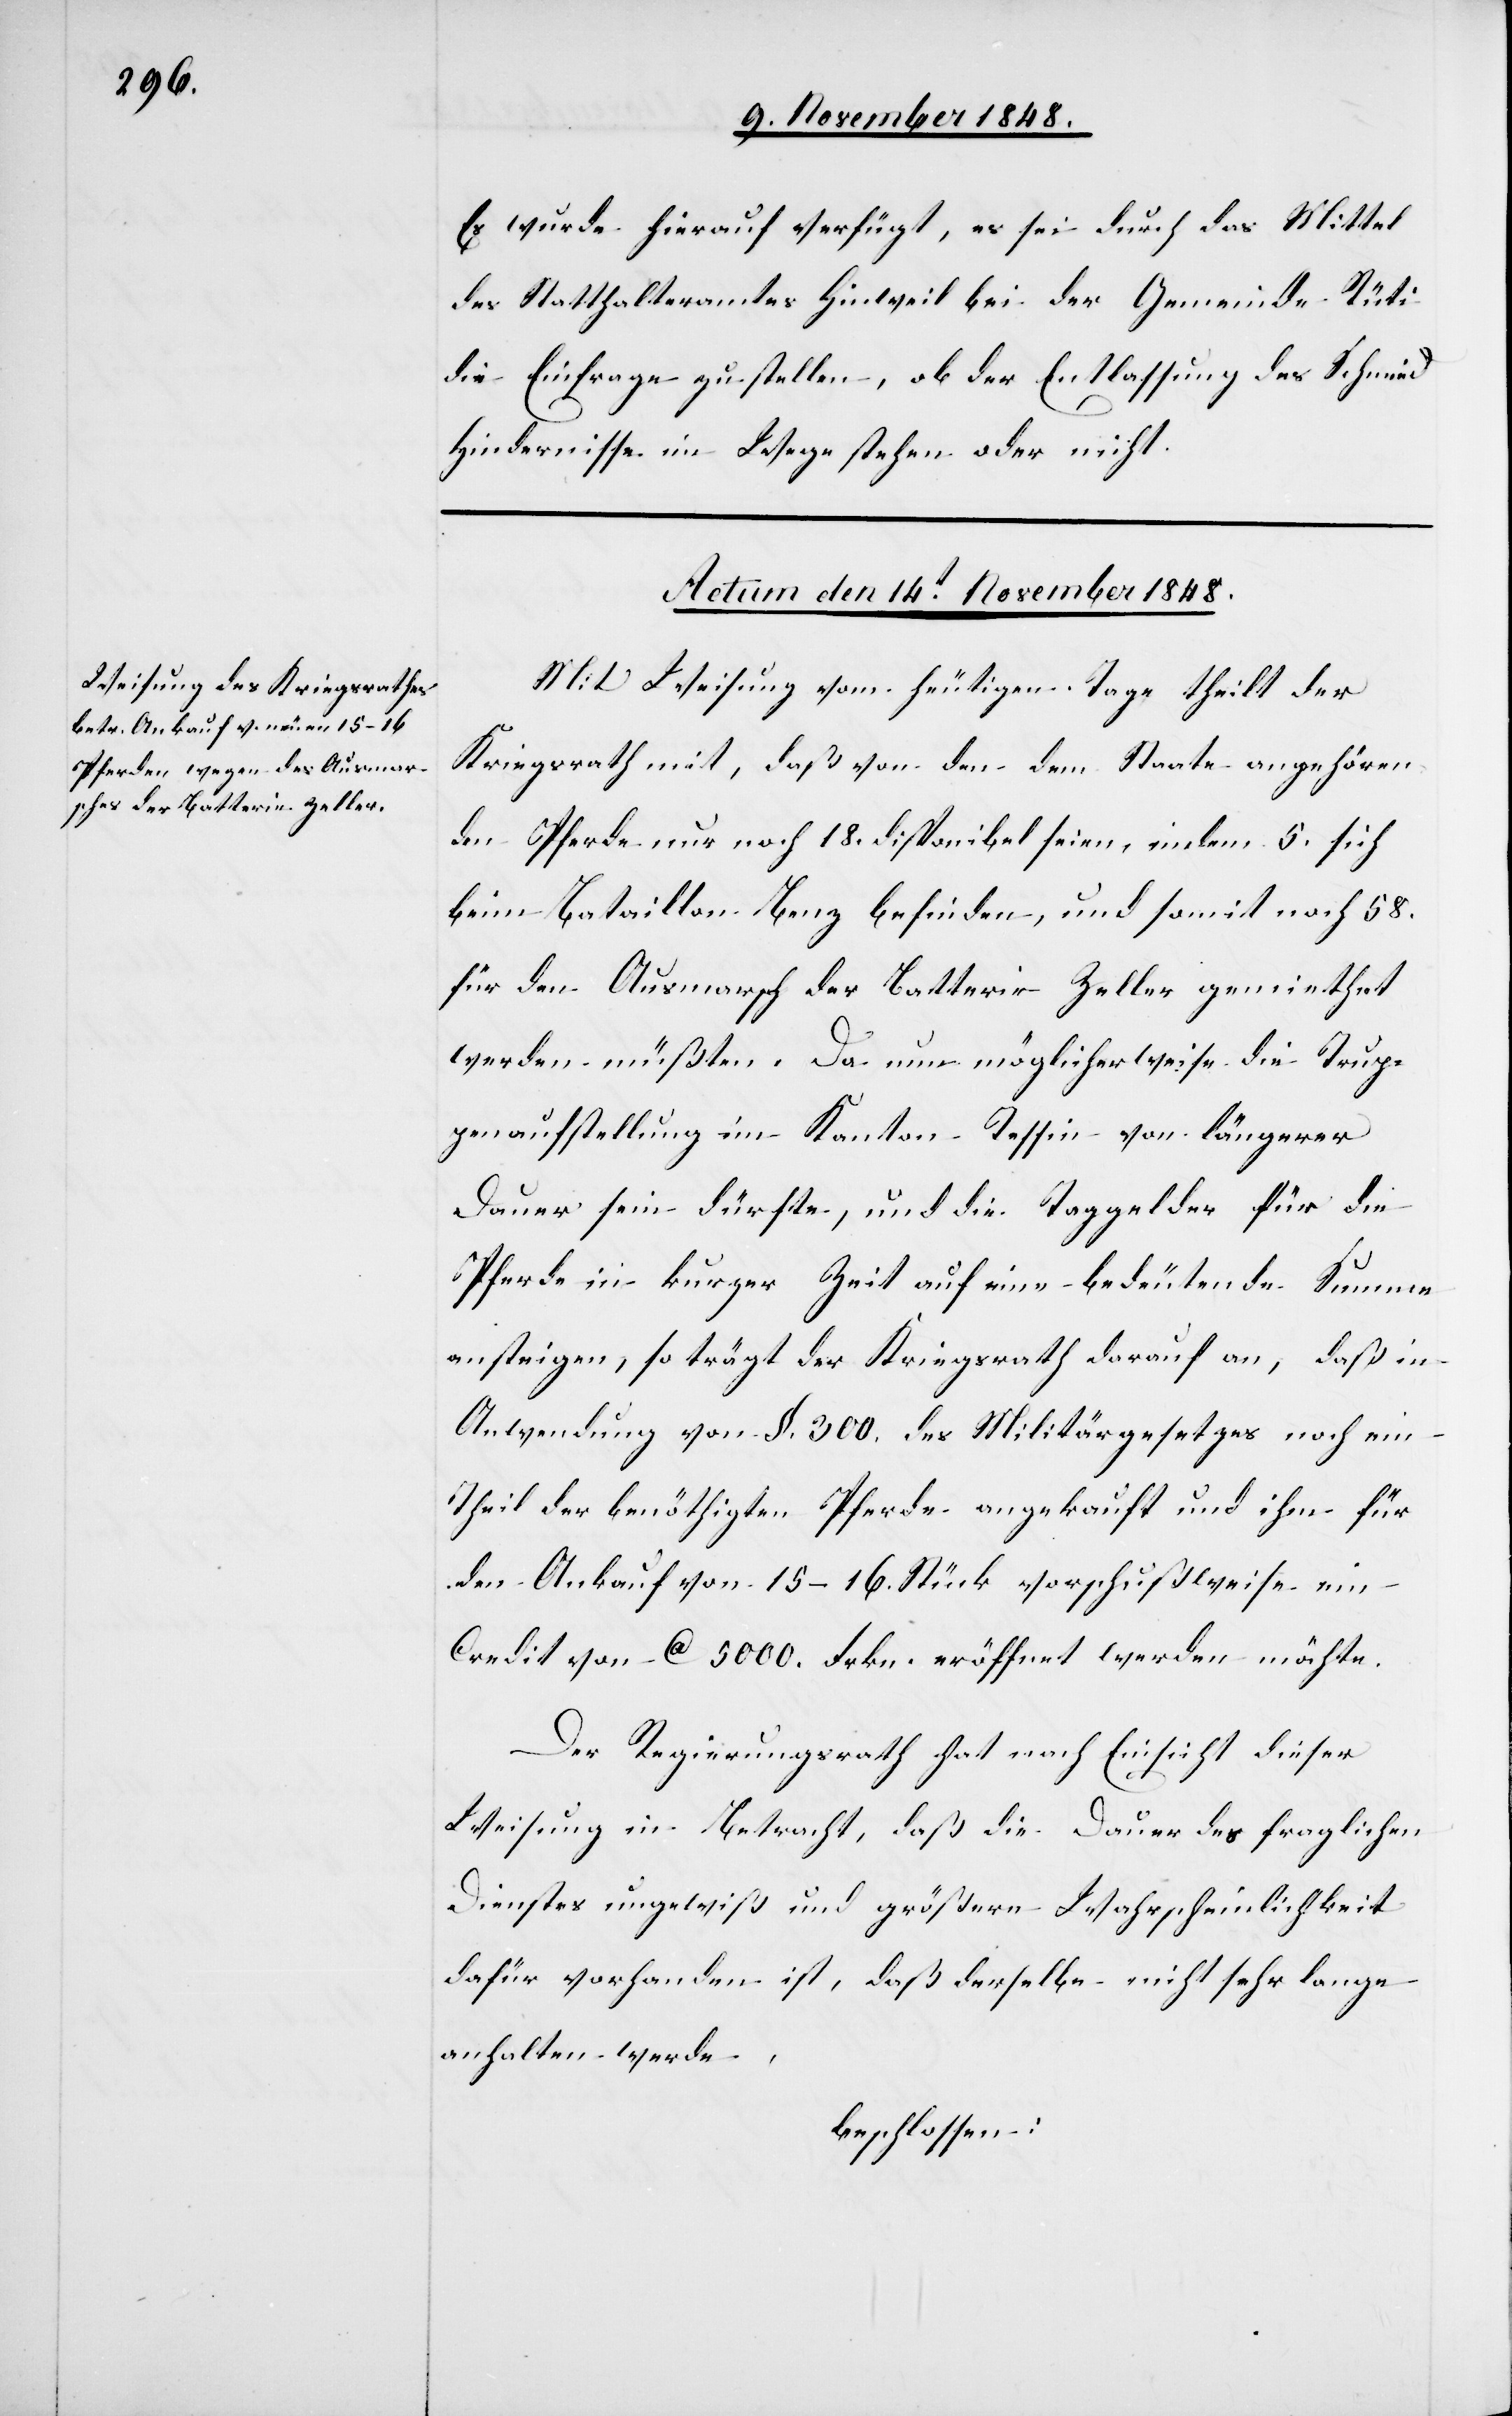
Es wurde hierauf verfügt, es sei durch das Mittel
des Statthalteramtes Hinweil bei der Gemeinde Rüti
die Einfrage zu stellen, ob der Entlassung des Schmied
Hindernisse im Wege stehen oder nicht.
Actum den 14. November 1848.
Mit Weisung vom heutigen Tage theilt der
Kriegsrath mit, daß von den dem Staate angehören¬
den Pferden nur noch 18. disponibel seien, indem 5. sich
beim Bataillon Benz befinden, und somit noch 58.
für den Ausmarsch der Batterie Zeller gemiethet
werden müßten. Da nun möglicherweise die Trup¬
penaufstellung im Kanton Tessin von längerer
Dauer sein dürfte, und die Taggelder für die
Pferde in kurzer Zeit auf eine bedeutende Summe
ansteigen, so trägt der Kriegsrath darauf an, daß in
Anwendung von §. 300. des Militärgesetzes noch ein
Theil der benöthigten Pferde angekauft und ihm für
den Ankauf von 15–16. Stück vorschußweise ein
Credit von ca. 5000. Frkn. eröffnet werden möchte.
Der Regierungsrath hat nach Einsicht dieser
Weisung in Betracht, daß die Dauer des fraglichen
Dienstes ungewiß und größere Wahrscheinlichkeit
dafür vorhanden ist, daß derselbe nicht sehr lange
anhalten werde,
beschlossen: